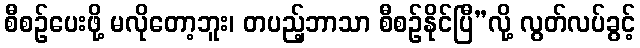
စီစဉ်ပေးဖို့ မလိုတော့ဘူး၊ တပည့်ဘာသာ စီစဉ်နိုင်ပြီ”လို့ လွတ်လပ်ခွင့်